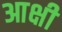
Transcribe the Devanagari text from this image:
आक्षी